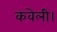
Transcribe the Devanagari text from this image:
कवेली।